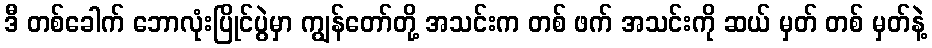
ဒီ တစ်ခေါက် ဘောလုံးပြိုင်ပွဲမှာ ကျွန်တော်တို့ အသင်းက တစ် ဖက် အသင်းကို ဆယ် မှတ် တစ် မှတ်နဲ့